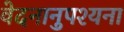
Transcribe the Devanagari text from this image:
वेदनानुपश्यना